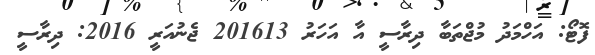
ފޮޓޯ: އަހްމަދު މުޖްތަބާ ދިރާސީ އާ އަހަރު 201613 ޖެނުއަރީ 2016: ދިރާސީ